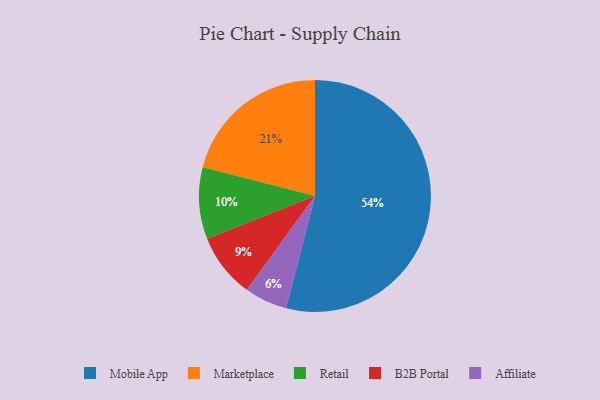
{"axis": {"x": "Category", "y": "Percentage"}, "legend": ["Affiliate", "B2B Portal", "Marketplace", "Mobile App", "Retail"], "data": [{"x": "Mobile App", "y": 54, "type": "Mobile App"}, {"x": "B2B Portal", "y": 9, "type": "B2B Portal"}, {"x": "Marketplace", "y": 21, "type": "Marketplace"}, {"x": "Retail", "y": 10, "type": "Retail"}, {"x": "Affiliate", "y": 6, "type": "Affiliate"}]}